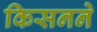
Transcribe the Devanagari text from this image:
किसनने